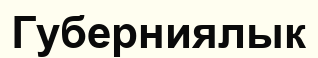
Губерниялык